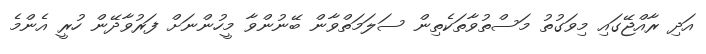
އަދި ރާއްޖޭގައި މިވަގުތު މަސްތުވާތަކެތިން ސަލަމަތްވާން ބޭނުންވާ މީހުންނަށް ފަރުވާދޭން ހުރީ އެންމެ